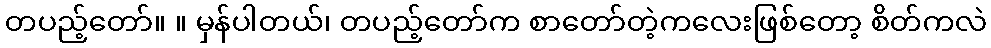
တပည့်တော်။ ။ မှန်ပါတယ်၊ တပည့်တော်က စာတော်တဲ့ကလေးဖြစ်တော့ စိတ်ကလဲ